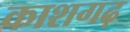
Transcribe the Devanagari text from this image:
काशगढ़